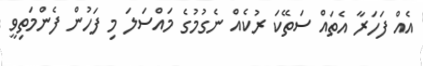
އެއް ފަހަރާ އެތައް ސަތޭކަ ރުކެއް ނެގުމުގެ މައްސަލަ މި ފަހުން ފެންމަތިވީ